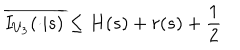
\overline { { { I _ { U _ { 3 } } ( \cdot | s ) } } } \leq H ( s ) + r ( s ) + \frac { 1 } { 2 }